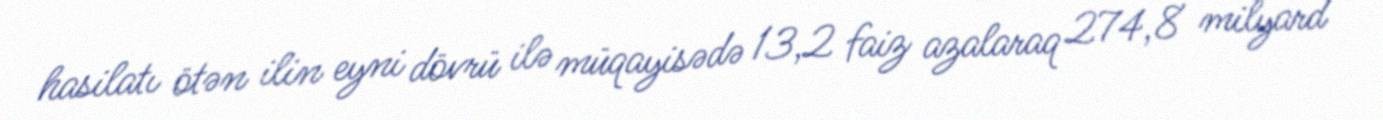
hasilatı ötən ilin eyni dövrü ilə müqayisədə 13,2 faiz azalaraq 274,8 milyard